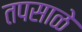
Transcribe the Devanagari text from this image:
तपसाळे